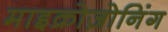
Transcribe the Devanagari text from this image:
माइक्रोज़ोनिंग